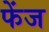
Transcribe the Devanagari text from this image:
फेंज